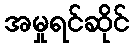
အမှုရင်ဆိုင်